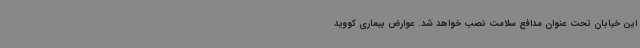
این خیابان تحت عنوان مدافع سلامت نصب خواهد شد. عوارض بیماری کووید